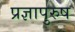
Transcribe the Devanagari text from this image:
प्रज्ञापुरुष